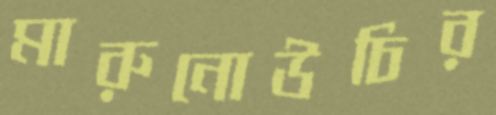
মারুনোউচির